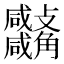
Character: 𧥚